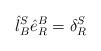
LaTeX: \begin{align*}\hat{l}_{B}^{S}\hat{e}^{B}_{R}=\delta^{S}_{R}\end{align*}